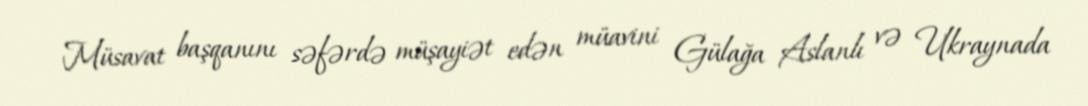
Müsavat başqanını səfərdə müşayiət edən müavini Gülağa Aslanlı və Ukraynada